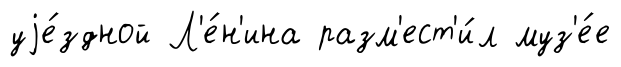
уjе́здной Л'е́н'ина разм'ест'и́л муз'е́е